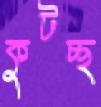
কুটচ্ছ